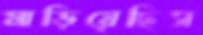
মাড়িয়েছিস